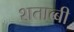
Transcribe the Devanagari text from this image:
शताब्बी